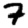
Digit: 7